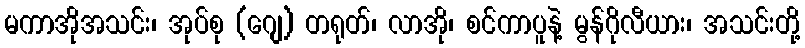
မကာအိုအသင်း၊ အုပ်စု (ဂျေ) တရုတ်၊ လာအို၊ စင်ကာပူနဲ့ မွန်ဂိုလီယား၊ အသင်းတို့